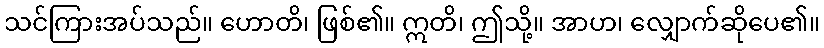
သင်ကြားအပ်သည်။ ဟောတိ၊ ဖြစ်၏။ ဣတိ၊ ဤသို့။ အာဟ၊ လျှောက်ဆိုပေ၏။